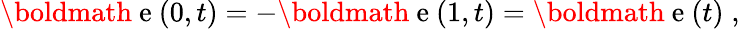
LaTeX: {\mathrm{\boldmath~e~}}(0,t)=-{\mathrm{\boldmath~e~}}(1,t)={\mathrm{\boldmath~e~}}(t)\; ,